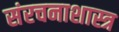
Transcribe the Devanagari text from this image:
संरचनाशास्त्र